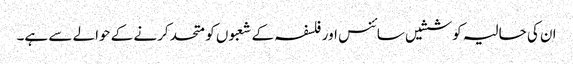
ان کی حالیہ کوششیں سائنس اور فلسفہ کے شعبوں کو متحد کرنے کے حوالے سے ہے۔